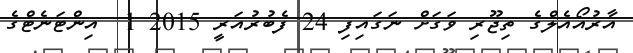
އާރުއޯއެލްގެ ތިޖޫރި ވަގަށް ނަގައިފި 24 ފެބުރުއަރީ 2015 1  އިންޓަނެޓްގެ